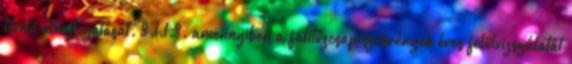
tömlõ áthajtogatását. 3.1.1.3. amennyiben a falitûzcsap szekrények éves felülvizsgálatát